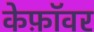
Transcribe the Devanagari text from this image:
केफ़ॉवर